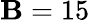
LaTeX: \mathbf{B}=15